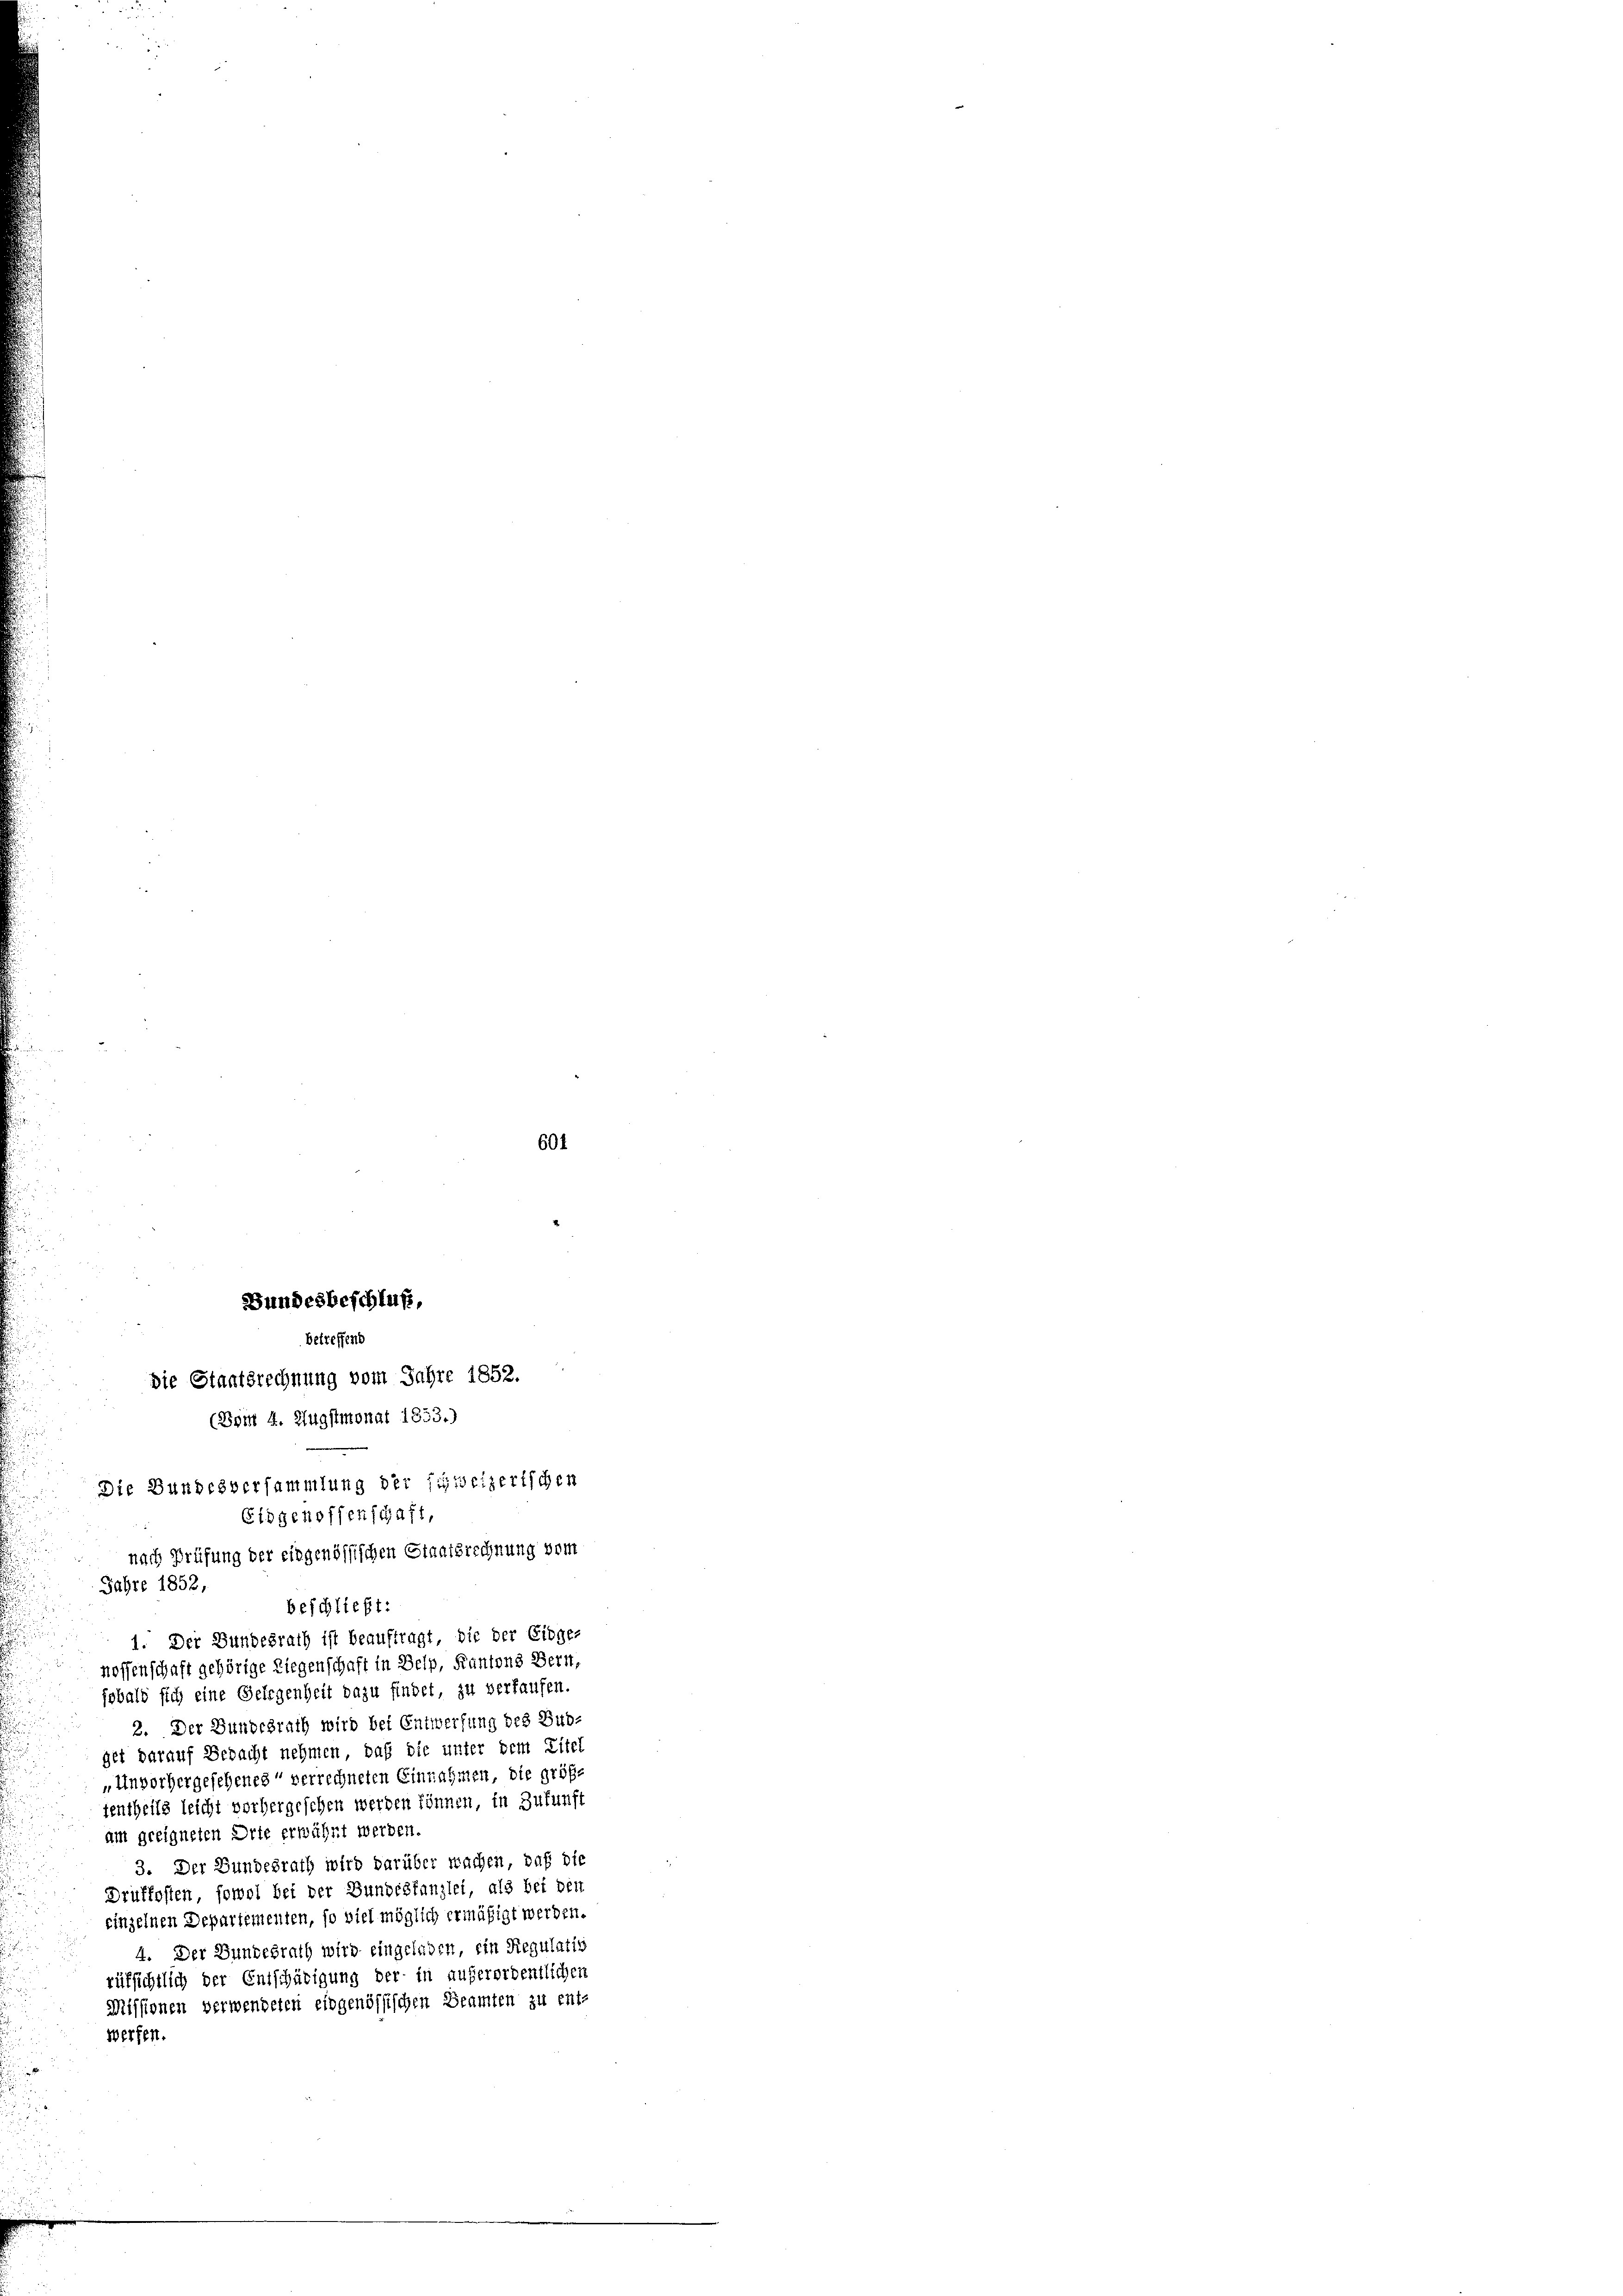
nossenschaft gehörige Liegenschaft in Belp, Kantons Bern,
sobald sich eine Gelegenheit dazu findet, zu verkaufen.
2. Der Bundesrath wird bei Entwerfung des Bud-
get darauf Bedacht nehmen, daß die unter dem Titel
„Unvorhergesehenes“ verrechneten Einnahmen, die größe
tentheils leicht vorhergeschen werden können, in Zukunft
am geeigneten Orte erwähnt werden.
3. Der Bundesrath wird darüber wachen, daß die
Drüffosten, sowol bei der Bundestanzlei, als bei den
einzelnen Departementen, so viel möglich ermäßigt werden.
4. Der Bundesrath wird eingeladen, ein Regulativ
rüfsichtlich der Entschädigung der in außerordentlichen
Missionen verwendeten eidgenössischen Beamten zu ent-
Werfen.

601

Bundesbeschluß,
betreffend
die Staatsrechnung vom Jahre 1852.
(Bom 4. Augstmonat 1853.)
Die Bundesversammlung der fichweizerischen
Eidgenoffenschaft,
nach Prüfung der eingenössischen Staatsrechnung vom
Jahre 1852,
beschließt:
1. Der Bundesrath ist beauftragt, bis der Eidge-